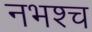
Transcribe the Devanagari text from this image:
नभश्च